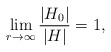
\begin{align*} \lim_{r \to \infty} \frac{|H_0|}{|H|}=1,\end{align*}